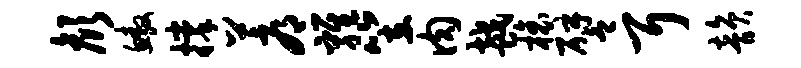
颜鳌撑蓐鸡笠肉越榱譬耳韵